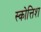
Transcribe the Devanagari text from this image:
स्कोत्तिश